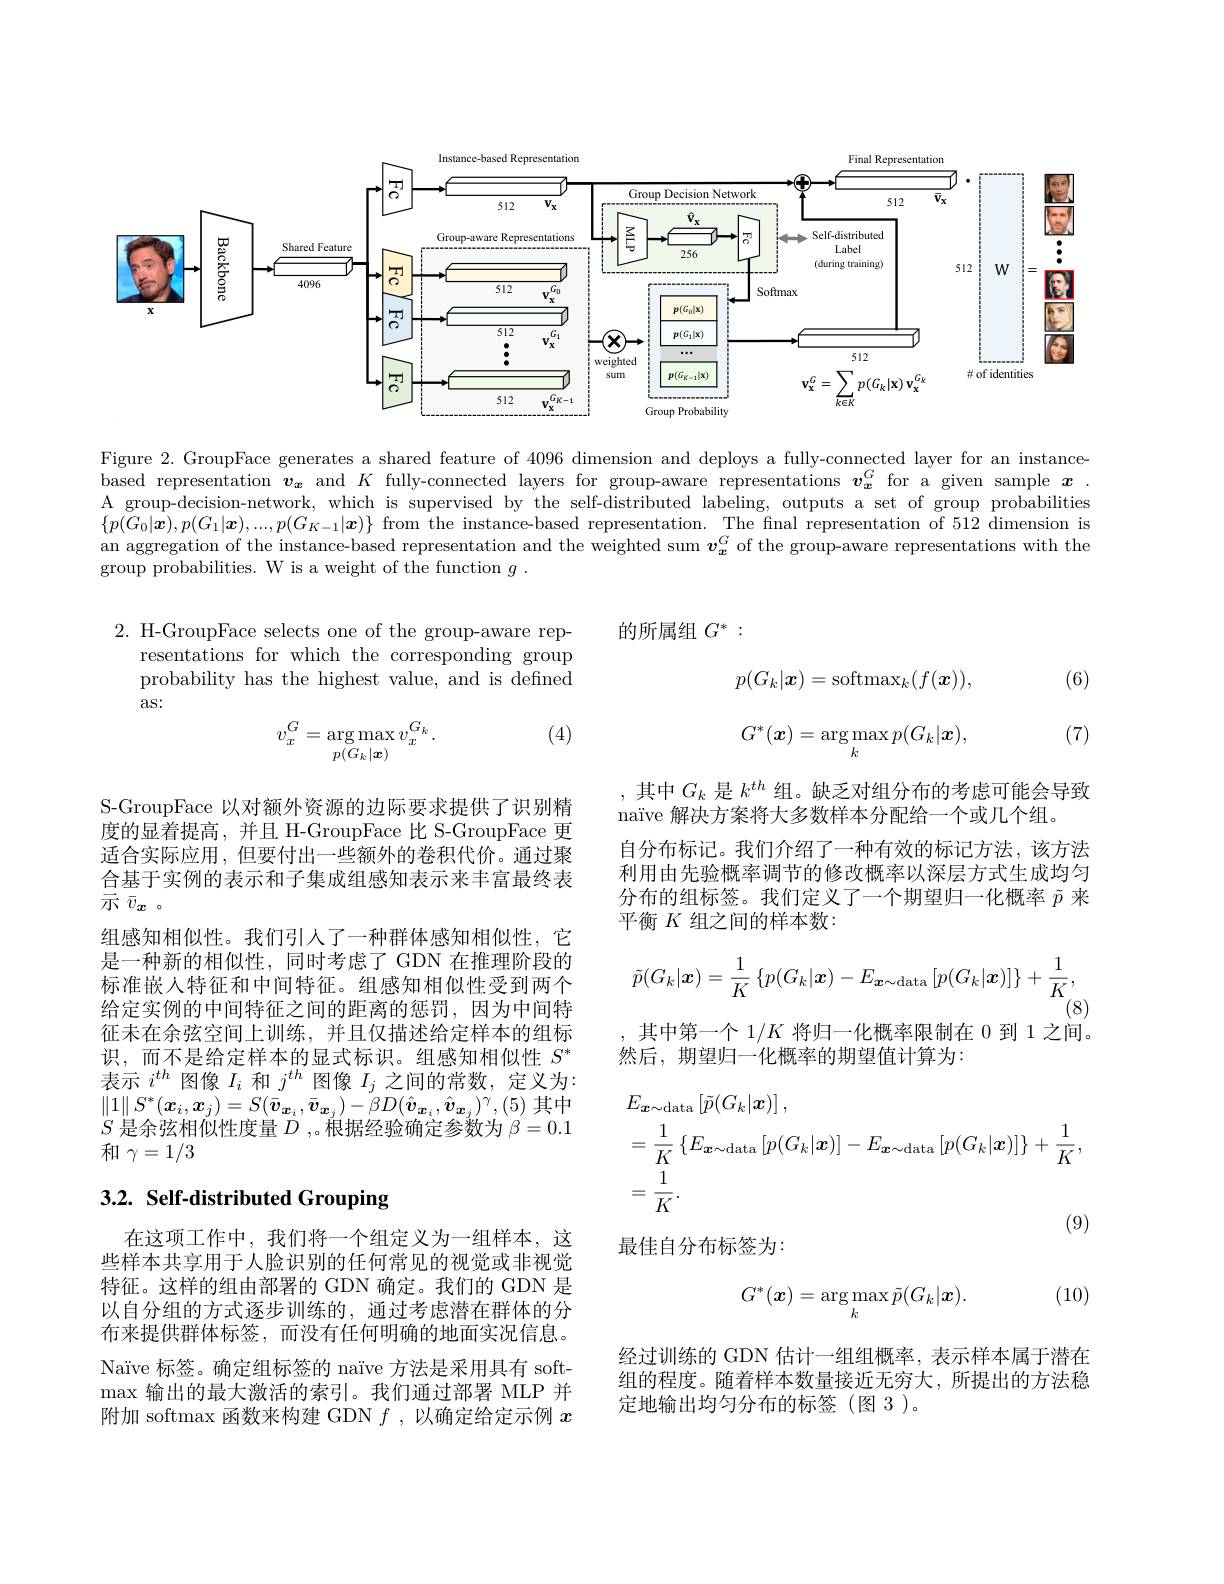
<FigureHere>

Figure 2. GroupFace generates a shared feature of 4096 dimension and deploys a fully-connected layer for an instancebased representation $v_x$ and $K$ fully-connected layers for group-aware representations $v_x^G$ for a given sample $x.$ A group-decision-network, which is supervised by the self-distributed labeling, outputs a set of group probabilities $\{p(G_0|\boldsymbol{x}),p(G_1|\boldsymbol{x}),...,p(G_{K-1}|\boldsymbol{x})\}$ from the instance-based representation. The final representation of 512 dimension is an aggregation of the instance-based representation and the weighted sum $v_x^G$ of the group-aware representations with the group probabilities. W is a weight of the function $g$ .

的所属组$G^*:$

2. H-GroupFace selects one of the group-aware rep-
resentations for which the corresponding group probability has the highest value, and is defined as:

(6)
$$p(G_k|\boldsymbol{x})=\mathrm{softmax}_k(f(\boldsymbol{x})),$$
$$G^*(\boldsymbol{x})=\arg\max_kp(G_k|\boldsymbol{x}),$$
(4)

(7)
$$v_x^G=\underset{p(G_k|\boldsymbol{x})}{\operatorname*{\arg\max}}v_x^{G_k}.$$
,其中$G_k$是$k^{th}$组。缺乏对组分布的考虑可能会导致
naïve 解决方案将大多数样本分配给一个或几个组。
自分布标记。我们介绍了一种有效的标记方法，该方法利用由先验概率调节的修改概率以深层方式生成均匀分布的组标签。我们定义了一个期望归一化概率$\tilde{p}$来平衡$K$组之间的样本数：
$$\tilde{p}(G_{k}|\boldsymbol{x})=\frac{1}{K}\left\{p(G_{k}|\boldsymbol{x})-E_{\boldsymbol{x}\sim\mathrm{data}}\left[p(G_{k}|\boldsymbol{x})\right]\right\}+\frac{1}{K},$$
${}^{{^{1}}}(8)$

S-GroupFace 以对额外资源的边际要求提供了识别精度的显着提高，并且 H-GroupFace 比 S-GroupFace 更适合实际应用，但要付出一些额外的卷积代价。通过聚合基于实例的表示和子集成组感知表示来丰富最终表示$\bar{v}_{\boldsymbol{x}}$。
组感知相似性。我们引人了一种群体感知相似性，它是一种新的相似性，同时考虑了 GDN 在推理阶段的标准嵌入特征和中间特征。组感知相似性受到两个给定实例的中间特征之间的距离的惩罚，因为中间特征未在余弦空间上训练，并且仅描述给定样本的组标识，而不是给定样本的显式标识。组感知相似性$S^*$ 表示$i^{th}$图像$I_i$和$j^th$图像$I_j$之间的常数，定义为： $\|1\|S^*(\boldsymbol{x}_i,\boldsymbol{x}_j)=S(\bar{\boldsymbol{v}}_{\boldsymbol{x}_i},\bar{\boldsymbol{v}}_{\boldsymbol{x}_j})-\bar{\beta}D(\hat{\boldsymbol{v}}_{\boldsymbol{x}_i},\hat{\boldsymbol{v}}_{\boldsymbol{x}_j})^\gamma,(5)$其中$S$是余弦相似性度量$\dot{D}$,。根据经验确定参数为$\beta=0.1$ 和$\gamma=1/3$

其中第一个$1/K$将归一化概率限制在 0 到 1 之间。

然后，期望归一化概率的期望值计算为：
$$\begin{aligned}&E_{\boldsymbol{x}\sim\mathrm{data}}\left[\tilde{p}(G_{k}|\boldsymbol{x})\right],\\&=\frac{1}{K}\left\{E_{\boldsymbol{x}\sim\mathrm{data}}\left[p(G_{k}|\boldsymbol{x})\right]-E_{\boldsymbol{x}\sim\mathrm{data}}\left[p(G_{k}|\boldsymbol{x})\right]\right\}+\frac{1}{K},\\&=\frac1K.\end{aligned}$$
最佳自分布标签为：

# 3.2. Self-distributed Grouping

(10)
$$G^*(\boldsymbol{x})=\arg\max_k\tilde{p}(G_k|\boldsymbol{x}).$$
在这项工作中，我们将一个组定义为一组样本，这些样本共享用于人脸识别的任何常见的视觉或非视觉特征。这样的组由部署的 GDN 确定。我们的 GDN 是以自分组的方式逐步训练的，通过考虑潜在群体的分布来提供群体标签，而没有任何明确的地面实况信息。Naïve 标签。确定组标签的 naïve 方法是采用具有 soft- $\max$输出的最大激活的索引。我们通过部署 MLP 并附加 softmax 函数来构建 GDN $f$ ,以确定给定示例$x$

经过训练的 GDN 估计一组组概率，表示样本属于潜在组的程度。随着样本数量接近无穷大，所提出的方法稳定地输出均匀分布的标签(图3)。